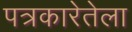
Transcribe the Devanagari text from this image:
पत्रकारेतेला